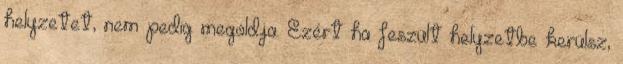
helyzetet, nem pedig megoldja. Ezért ha feszült helyzetbe kerülsz,